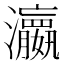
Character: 𤄞